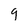
Character: 9